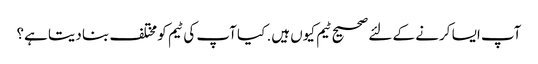
آپ ایسا کرنے کے لئے صحیح ٹیم کیوں ہیں. کیا آپ کی ٹیم کو مختلف بنا دیتا ہے؟